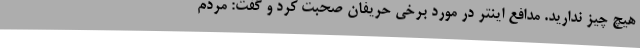
هیچ چیز ندارید. مدافع اینتر در مورد برخی حریفان صحبت کرد و گفت: مردم